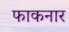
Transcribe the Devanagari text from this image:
फाकनार